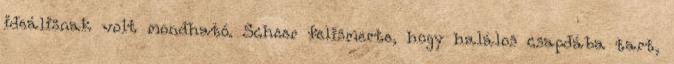
ideálisnak volt mondható. Scheer felismerte, hogy halálos csapdába tart,